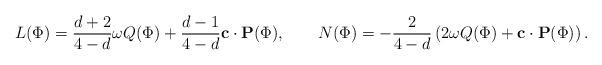
LaTeX: \begin{align*}L(\Phi)=\frac{d+2}{4-d}\omega Q(\Phi)+\frac{d-1}{4-d}\mathbf{c}\cdot \mathbf{P}(\Phi),\ \ \ \ \ \ N(\Phi)=-\frac{2}{4-d}\left(2\omega Q(\Phi)+\mathbf{c}\cdot \mathbf{P}(\Phi)\right). \end{align*}